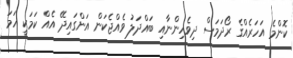
ކޮންމެ އަހަރެއްގެ ރޯދަމަސް ދިވެހިންނާއި ބައްދަލު ވެއްޖެކަން އަންގައިދޭ އެއް ކަމަކީ ހަމަ